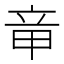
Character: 𥩫